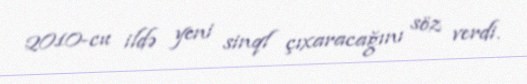
2010-cu ildə yeni sinql çıxaracağını söz verdi.